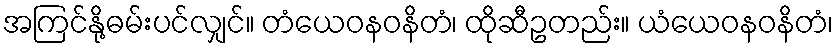
အကြင်နို့ဓမ်းပင်လျှင်။ တံယေဝနဝနိတံ၊ ထိုဆီဥတည်း။ ယံယေဝနဝနိတံ၊